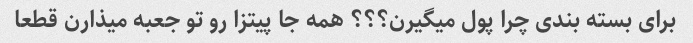
برای بسته بندی چرا پول میگیرن؟؟؟ همه جا پیتزا رو تو جعبه میذارن قطعا